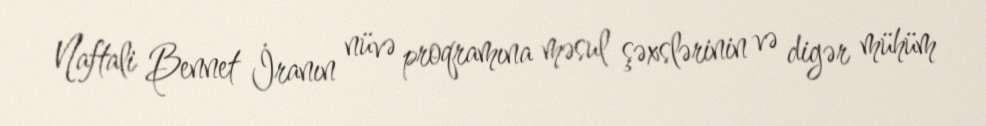
Naftali Bennet İranın nüvə proqramına məsul şəxslərinin və digər mühüm